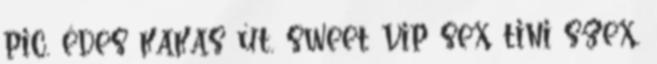
pic, édes kakas út, sweet vip sex tini szex,